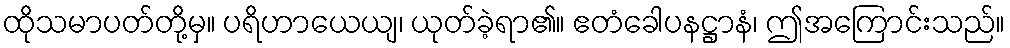
ထိုသမာပတ်တို့မှ။ ပရိဟာယေယျ၊ ယုတ်ခဲ့ရာ၏။ ဧတံခေါပနဋ္ဌာနံ၊ ဤအကြောင်းသည်။